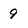
Character: 9